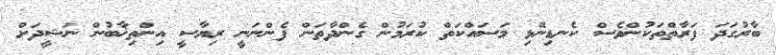
ބާރުގަދަ ފަރާތްތަކުންވެސް ކެނޑިނޭޅި މަސައްކަތް ކުރަމުން ގެންދާތަން ފެންނަނީ ރިޔާސީ އިންތިޚާބުން ނަޝީދަށް